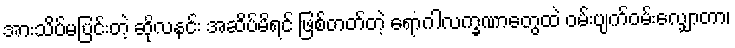
အားသိပ်မပြင်းတဲ့ ဆိုလနင်း အဆိပ်မိရင် ဖြစ်တတ်တဲ့ ရောဂါလက္ခဏာတွေထဲ ဝမ်းပျက်ဝမ်းလျှောတာ၊